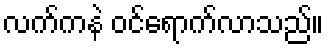
လက်ကနဲ ဝင်ရောက်လာသည်။